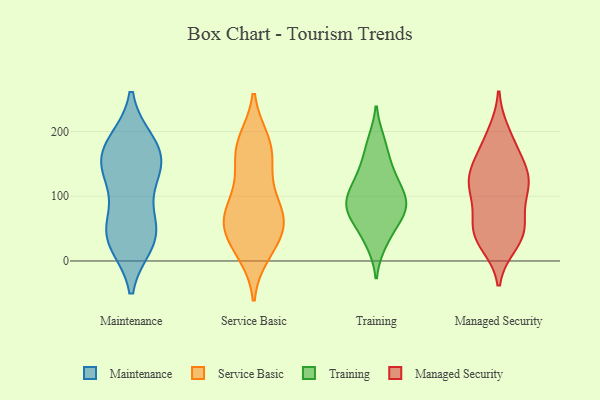
{"axis": {"x": "Revenue (USD Million)", "y": "Value"}, "legend": ["Maintenance", "Managed Security", "Service Basic", "Training"], "data": [{"x": "", "y": 177, "type": "Maintenance"}, {"x": "", "y": 145, "type": "Maintenance"}, {"x": "", "y": 132, "type": "Maintenance"}, {"x": "", "y": 121, "type": "Maintenance"}, {"x": "", "y": 182, "type": "Maintenance"}, {"x": "", "y": 161, "type": "Maintenance"}, {"x": "", "y": 44, "type": "Maintenance"}, {"x": "", "y": 56, "type": "Maintenance"}, {"x": "", "y": 31, "type": "Maintenance"}, {"x": "", "y": 47, "type": "Maintenance"}, {"x": "", "y": 169, "type": "Maintenance"}, {"x": "", "y": 29, "type": "Maintenance"}, {"x": "", "y": 31, "type": "Service Basic"}, {"x": "", "y": 181, "type": "Service Basic"}, {"x": "", "y": 132, "type": "Service Basic"}, {"x": "", "y": 64, "type": "Service Basic"}, {"x": "", "y": 44, "type": "Service Basic"}, {"x": "", "y": 168, "type": "Service Basic"}, {"x": "", "y": 65, "type": "Service Basic"}, {"x": "", "y": 17, "type": "Service Basic"}, {"x": "", "y": 77, "type": "Service Basic"}, {"x": "", "y": 129, "type": "Service Basic"}, {"x": "", "y": 177, "type": "Service Basic"}, {"x": "", "y": 185, "type": "Service Basic"}, {"x": "", "y": 58, "type": "Service Basic"}, {"x": "", "y": 74, "type": "Service Basic"}, {"x": "", "y": 81, "type": "Service Basic"}, {"x": "", "y": 12, "type": "Service Basic"}, {"x": "", "y": 81, "type": "Training"}, {"x": "", "y": 185, "type": "Training"}, {"x": "", "y": 148, "type": "Training"}, {"x": "", "y": 104, "type": "Training"}, {"x": "", "y": 182, "type": "Training"}, {"x": "", "y": 95, "type": "Training"}, {"x": "", "y": 97, "type": "Training"}, {"x": "", "y": 144, "type": "Training"}, {"x": "", "y": 119, "type": "Training"}, {"x": "", "y": 68, "type": "Training"}, {"x": "", "y": 64, "type": "Training"}, {"x": "", "y": 64, "type": "Training"}, {"x": "", "y": 93, "type": "Training"}, {"x": "", "y": 27, "type": "Training"}, {"x": "", "y": 69, "type": "Training"}, {"x": "", "y": 132, "type": "Training"}, {"x": "", "y": 97, "type": "Training"}, {"x": "", "y": 30, "type": "Training"}, {"x": "", "y": 44, "type": "Managed Security"}, {"x": "", "y": 135, "type": "Managed Security"}, {"x": "", "y": 61, "type": "Managed Security"}, {"x": "", "y": 48, "type": "Managed Security"}, {"x": "", "y": 102, "type": "Managed Security"}, {"x": "", "y": 196, "type": "Managed Security"}, {"x": "", "y": 125, "type": "Managed Security"}, {"x": "", "y": 107, "type": "Managed Security"}, {"x": "", "y": 183, "type": "Managed Security"}, {"x": "", "y": 45, "type": "Managed Security"}, {"x": "", "y": 111, "type": "Managed Security"}, {"x": "", "y": 135, "type": "Managed Security"}, {"x": "", "y": 164, "type": "Managed Security"}, {"x": "", "y": 133, "type": "Managed Security"}, {"x": "", "y": 28, "type": "Managed Security"}, {"x": "", "y": 38, "type": "Managed Security"}]}